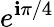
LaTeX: e^{\mathbf{i}\pi/4}